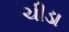
ચીડા